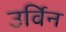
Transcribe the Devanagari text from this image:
उर्विन